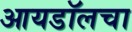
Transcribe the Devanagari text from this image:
आयडॉलचा